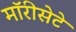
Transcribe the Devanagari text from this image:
मॉरीसेटे